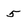
Character: 5